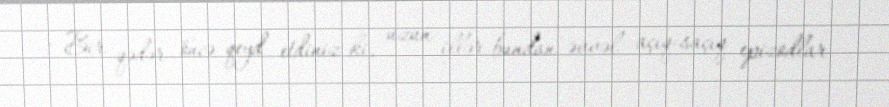
- Bir qədər öncə qeyd etdiniz ki, uzun illər bundan əvvəl açıq-saçıq epizodlar